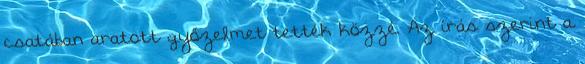
csatában aratott győzelmet tették közzé. Az írás szerint a